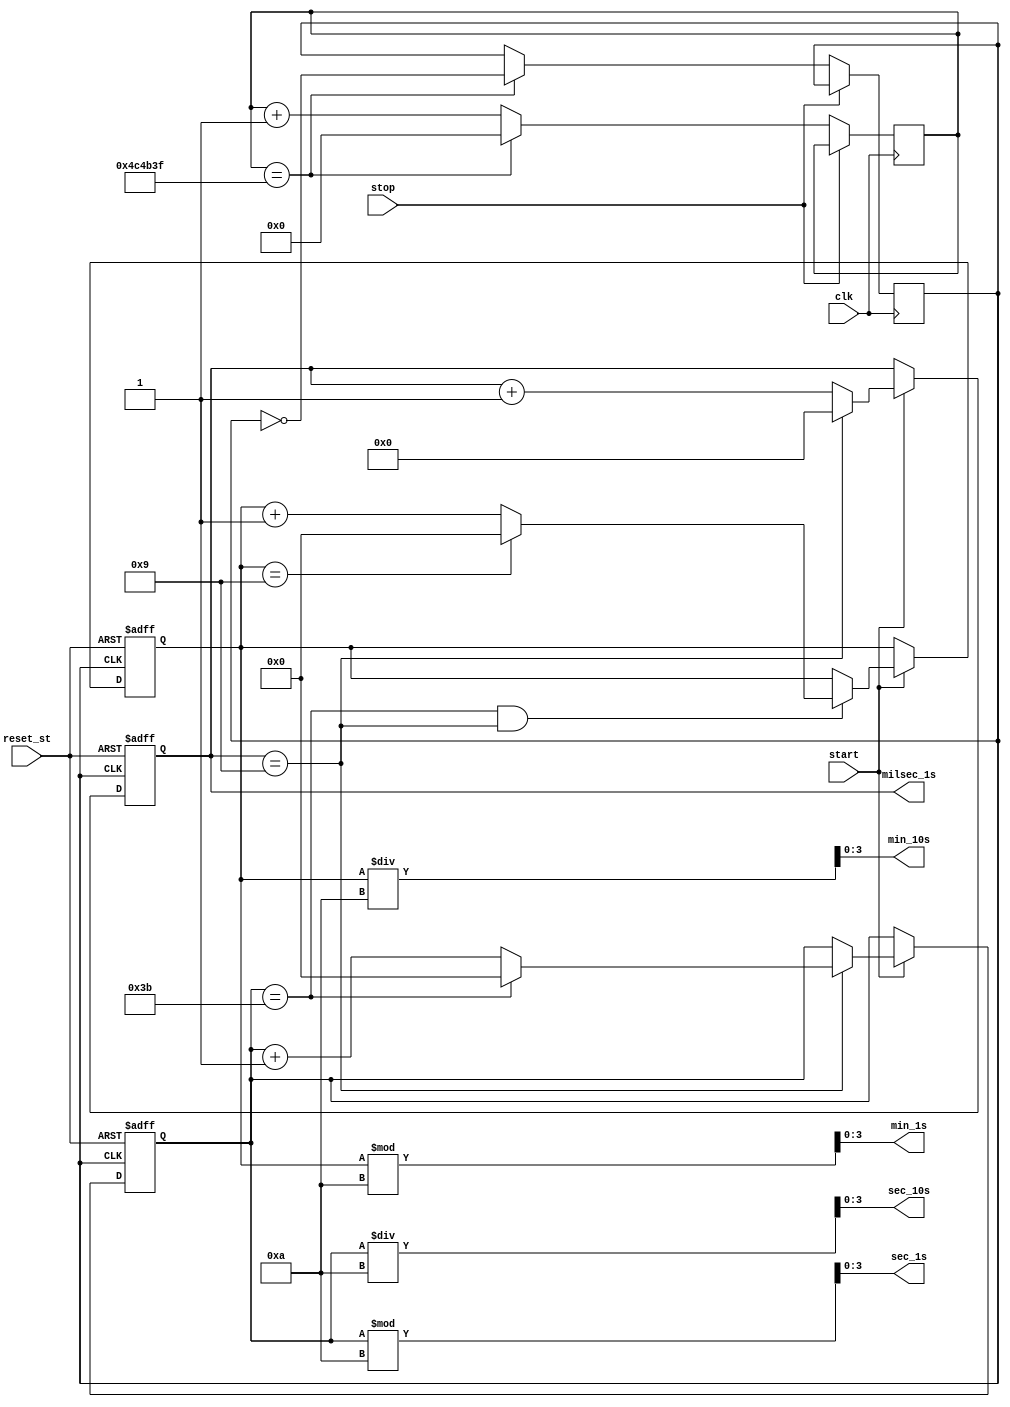
`timescale 1ns / 1ps
//////////////////////////////////////////////////////////////////////////////////
// Company: 
// Engineer: 
// 
// Design Name: 
// Module Name: stopwatch
// Project Name: 
// Target Devices: 
// Tool Versions: 
// Description: 
// 
// Dependencies: 
// 
// Revision:
// Revision 0.01 - File Created
// Additional Comments:
// 
//////////////////////////////////////////////////////////////////////////////////


module stopwatch(
input clk,
input start,
input stop,
input reset_st,
output [3:0] sec_1s,
output [3:0] sec_10s,
output [3:0] min_1s,
output [3:0] min_10s,
output [3:0] milsec_1s
    );
    
    reg [31:0] ctr_1Hz = 32'h0;
    reg r_1Hz = 1'b0;
    
    always @(posedge clk)
       if(~stop)
       begin
            if(ctr_1Hz == 4_999_999) begin
                ctr_1Hz <= 32'h0;
                r_1Hz <= ~r_1Hz;
            end
            else
                ctr_1Hz <= ctr_1Hz + 1;
     end
    reg [3:0] milsec_counter = 4'b0;
    reg [5:0] sec_counter = 6'b0;   
    reg [5:0] min_counter = 6'b0;
    
    always@(posedge r_1Hz or posedge reset_st )
    if (reset_st==1)
    begin
    milsec_counter <= 0;
    end
    else if(start)
    begin
    if(milsec_counter == 9)
    milsec_counter <= 4'b0;
    else
    milsec_counter <= milsec_counter + 1;
    end
    
    
    always@(posedge r_1Hz or posedge reset_st )
    if (reset_st==1)
    begin
    sec_counter <= 0;
    end
    else if(start)
    begin
    if(milsec_counter==9)begin
    if(sec_counter == 59)
    sec_counter <= 6'b0;
    else
    sec_counter <= sec_counter + 1;
    end
    end
    
    always@(posedge r_1Hz or posedge reset_st)
    if (reset_st==1)
    begin
    min_counter <= 0;
    end
    else if(start)
    begin     
    if(sec_counter == 59&&milsec_counter==9)
    if(min_counter == 9)
    min_counter = 6'b0;
    else
    min_counter = min_counter + 1;
    end
    
    assign milsec_1s = milsec_counter;
    assign sec_10s = sec_counter / 10;
    assign sec_1s  = sec_counter % 10;
    assign min_10s = min_counter / 10;
    assign min_1s  = min_counter % 10;
    
endmodule

module seg_controll(
    input clk_100MHz,
    input reset_st,
    input [3:0] min_1s,
    input [3:0] min_10s,
    input [3:0] sec_1s,
    input [3:0] sec_10s,
    input [3:0] milsec_1s,
    output reg [0:6] seg2,
    output reg [3:0] an2
    );
    
    // Parameters for segment values
    parameter NULL  = 7'b111_1111;  // Turn off all segments
    parameter ZERO  = 7'b000_0001;  // 0
    parameter ONE   = 7'b100_1111;  // 1
    parameter TWO   = 7'b001_0010;  // 2 
    parameter THREE = 7'b000_0110;  // 3
    parameter FOUR  = 7'b100_1100;  // 4
    parameter FIVE  = 7'b010_0100;  // 5
    parameter SIX   = 7'b010_0000;  // 6
    parameter SEVEN = 7'b000_1111;  // 7
    parameter EIGHT = 7'b000_0000;  // 8
    parameter NINE  = 7'b000_0100;  // 9
    
    
    // To select each anode in turn
    reg [1:0] anode_select;
    reg [16:0] anode_timer;
        
    always @(posedge clk_100MHz or posedge reset_st) begin
        if(reset_st) begin
            anode_select <= 0;
            anode_timer <= 0; 
        end
        else
            if(anode_timer == 99_999) begin
                anode_timer <= 0;
                anode_select <=  anode_select + 1;
            end
            else
                anode_timer <=  anode_timer + 1;
    end
    
    always @(anode_select) begin
        case(anode_select) 
            2'b00 : an2 = 4'b0111;
            2'b01 : an2 = 4'b1011;
            2'b10 : an2 = 4'b1101;
            2'b11 : an2 = 4'b1110;
        endcase
    end
    
    // To drive the segments
    always @*
        case(anode_select)
            2'b00 : begin       // HOURS TENS DIGIT
                        case(min_1s)
                            4'h0 : seg2 = NULL;
                            4'h1 : seg2 = ONE;
                            4'h2 : seg2 = TWO;
                            4'h3 : seg2 = THREE;
                            4'h4 : seg2 = FOUR;
                            4'h5 : seg2 = FIVE;
                            4'h6 : seg2 = SIX;
                            4'h7 : seg2 = SEVEN;
                            4'h8 : seg2 = EIGHT;
                            4'h9 : seg2 = NINE;
                        endcase
                    end
                    
            2'b01 : begin       // HOURS ONES DIGIT
                        case(sec_10s)
                            4'h0 : seg2 = ZERO;
                            4'h1 : seg2 = ONE;
                            4'h2 : seg2 = TWO;
                            4'h3 : seg2 = THREE;
                            4'h4 : seg2 = FOUR;
                            4'h5 : seg2 = FIVE;
                            4'h6 : seg2 = SIX;
                            4'h7 : seg2 = SEVEN;
                            4'h8 : seg2 = EIGHT;
                            4'h9 : seg2 = NINE;
                        endcase
                    end
                    
            2'b10 : begin       // MINUTES TENS DIGIT
                        case(sec_1s)
                            4'h0 : seg2 = ZERO;
                            4'h1 : seg2 = ONE;
                            4'h2 : seg2 = TWO;
                            4'h3 : seg2 = THREE;
                            4'h4 : seg2 = FOUR;
                            4'h5 : seg2 = FIVE;
                            4'h6 : seg2 = SIX;
                            4'h7 : seg2 = SEVEN;
                            4'h8 : seg2 = EIGHT;
                            4'h9 : seg2 = NINE;
                        endcase
                    end
                    
            2'b11 : begin       // MINUTES ONES DIGIT
                        case(milsec_1s)
                            4'h0 : seg2 = ZERO;
                            4'h1 : seg2 = ONE;
                            4'h2 : seg2 = TWO;
                            4'h3 : seg2 = THREE;
                            4'h4 : seg2 = FOUR;
                            4'h5 : seg2 = FIVE;
                            4'h6 : seg2 = SIX;
                            4'h7 : seg2 = SEVEN;
                            4'h8 : seg2 = EIGHT;
                            4'h9 : seg2 = NINE;
                        endcase
                    end
        endcase
    
    
    
    
endmodule

module top1(
    input clk_100MHz,           
    input reset_st,                
    input stop,                           
    input start,
    output [6:0] seg2,  
    output [3:0] an2           
    );
 wire [3:0] min_1s, min_10s, sec_1s,sec_10s,milsec_1s;
 
 stopwatch st(.clk(clk_100MHz),                   
    .start(start),                       
    .stop(stop),                      
    .reset_st(reset_st),
    .min_1s(min_1s), .min_10s(min_10s),       
    .sec_1s(sec_1s), .sec_10s(sec_10s),.milsec_1s(milsec_1s)                    
    );
    
     seg_controll segu(
    .clk_100MHz(clk_100MHz),
    .reset_st(reset_st),
    .min_1s(min_1s),
    .min_10s(min_10s),
    .sec_1s(sec_1s),
    .sec_10s(sec_10s),
    .milsec_1s(milsec_1s),
    .seg2(seg2),
    .an2(an2)
    );
    
    endmodule